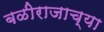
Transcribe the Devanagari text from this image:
बळीराजाच्या